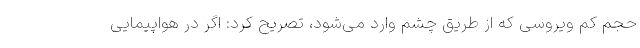
حجم کم ویروسی که از طریق چشم وارد می‌شود، تصریح کرد: اگر در هواپیمایی